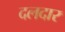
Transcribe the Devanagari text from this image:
दलदार